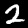
Digit: 2